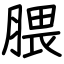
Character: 腲